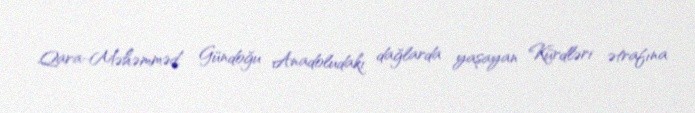
Qara-Məhəmməd, Gündoğu Anadoludakı dağlarda yaşayan Kürdləri ətrafına